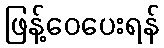
ဖြန့်ဝေပေးရန်